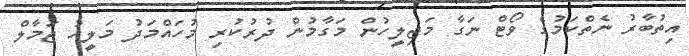
އިތުބާރު ނެތްކަމުގެ ވޯޓް ނަގާ މަޖިލީހުން މަގާމުން ދުރުކުރި މުހައްމަދު މަލީހު ޖަމާލް